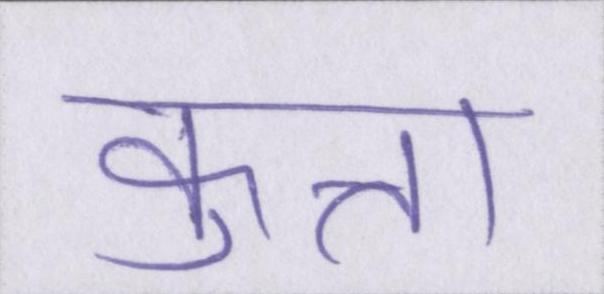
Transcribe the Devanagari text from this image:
कुत्ता